Vital statistics of India. Vol. IV, Annual returns from 1871 to 1876. British Army of India, Native Army and jails of Bengal
Year: 1871
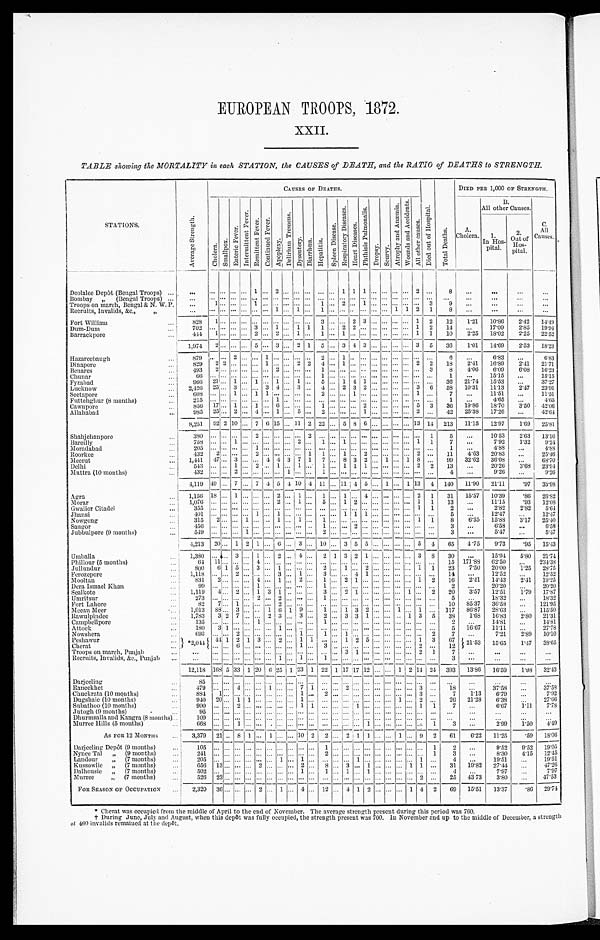
EUROPEAN TROOPS, 1872.
XXII.
TABLE showing the MORTALITY in each STATION, the CAUSES of DEATH, and the RATIO of DEATHS to STRENGTH.
STATIONS.
A v e r a g e S t r e n g t h .
CAUSES OF DEATHS.
D i e d o u t o f H o s p i t a l .
T o t a l D e a t h s .
DIED PER 1,000 OF STRENGTH.
C h o l e r a .
S ma l l p o x .
E n t e r i c F e v e r .
I n t e r m i t t e n t F e v e r .
R e m i t t t e n t F e v e r . C o n t i n u e d F e v e r .
A p o p l e x y .
D e l i r i u m T r e m e n s .
D y s e n t e r y . D i a r r h œ a . H e p a t i t i s .
S p l e e n Di s e a s e s .
R e s p i r a t o r y D i s e a s e s .
H e a r t D i s e a s e s .
P h t h i s i s P u l m o n a l i s .
Drophy.
S c u r v y .
A t r o p h y a n d A n œ m i a .
W o u n d s a n d A c c i d e n t s .
A l l o t h e r c a u s e s .
A.C h o l e r a .
B. Al l
other Causes.
C.
A l l C a u s e s .
1 .
I n H o s p i t a l .
2 .
O u t o f
H o s p i t a l .
Deolalee Depôt (Bengal Troops) ...
. . .
. . . . . . . . .
... 1 ... 2 ... ... ...
. . . ... 1
1 1 ... ... ... ... 2 ...
8
...
...
. . .
. . .
Bombay
, , ( B e n g a l T r o o p s )
. . .
...
. . . . . . . . . . . .
... ... ... ...
. . .
... ... ... ... . . . ...
. . . . . . . . . . . .
... ...
. . . . . .
...
...
...
Troops on march, Bengal & N. W. P.
. . .
1 ... ... ... 1 ...
. . .
... ... ...
1 ... 2
. . .
1 ... ... ... ... ... 3
9
. . .
...
...
...
Recruits, Invalids, &c., , ,
. . .
...
...
...
...
...
...
1
...
1
...
1 ...
...
. . .
...
... ... 1 1 2 1
8
...
...
...
. . .
Fort William
...
8 2 8
1
. . . . . . ... ... ... ... ... ... ... 3 ... ... 2 3 ... ... ... ... ... 1 2
12
1.21
10.86
2.42 14.49
Dum-Dum
. . .
7 0 2 . . .
... ... ... 3 ...
1 ... 1 1
1 ... 2
2 ... ... ... ... ... 1 2
1 4 ...
17.09
2.85 19.94
Barrackpore
...
4 4 4
1 ... ... ... 2 ... 2
... 1 ... 1 ... 1 ... . . .
...
. . .
...
... ...
1 1
10
2.25
18.02
2.25
22.52
1,974
2 ...
. . .
... 5 ... 3 ... 2 1
5 ...
3
4 3
...
. . .
... ... 3 5
36
1.01
14.69
2.53 18.23
Hazareebaugh ...
8 7 9 . . .
... 2 ... ... 1 ... ... ... ...
2 ... 1
. . .
... ... ... ... ... ... ...
6 ...
6.83 ...
6.83
Dinapore
829
2 2
... ... ... 1 ... ... 2 2 4 ... 1
. . . ... ... ... ... ... 2 2
18
2.41 16.89
2.41 21.71
Benares
. . .
4 9 3
2 ... ... ... ... ... 2 ... ... ...
1 ... ... . . .
... ... ... ... ... ... 3
8
4.06
6.09
6.08 16.23
Chunar . . .
6 6
. . .
... ... ... ... ... ... ... ... ...
1 ... ... . . .
... ... ... ... ... ... ...
1 ...
15.15
...
15.15
Fyzabad
. . .
966 21 ... 1 ... 1 ... 1 ... 1 ... 5 ... 1
4 1 ... ... ...
... ... ...
36
21.74
15.53
...
37.27
Lucknow
...
2,426 25 ... 3 ... ... 3 4 ... 3 ... 4 ... 2 3 2
... ... ... ... 3 6
58 10.31 11.13
2.47 23.9
Seetapore
. . .
6 0 8 . . .
... 1 ... 1 1 ... ... ... ...
2 ... ... 1 ... ... ... ... ... 1 ...
7 ...
11.51
...
11.51
Futtehghur (8 months)
. . .
2 1 5 1 7
... ... ... ... ... 1 ... ... ...
. . .
... ... . . .
... ... ... ... ... ... ...
1 ...
4.65
...
4.65
Cawnpore
. . .
856 17 ... 1 ... 1 ... 6 ... ... ... 1 ... ... ... 2
... ... ... ... 5 3
36
19.86
18.70
3.50 42.06
Allahabad
985 25. ... 2 ... 4 ... 1 ... 5 ... 2 ... ... ... 1
... ... ... ... 2 ...
42
25.38
17.26
...
42.64
8 , 2 5 1 92 2
1 0
... 7 6 15
...
11 2 22 ... 5
8 6
... ... ... ... 13 14 213
11.15
12.97
1.69
25.81
Shahjehanpore
3 8 0 . . .
... ... ... 2 ... ... ... ... 2
. . .
... ... . . .
... ... ... ... ... ... 1
5 ...
10.53
2.63 13.16
Bareilly
. . .
7 5 8 . . .
... 1 ... ... ... ... ... 2 ...
1 ... 1
. . .
... ... ... ... ... 1 1
7 ...
7.92
1.32
9.24
Moradabad
...
2 0 5 . . .
... ... ... 1 ... ... ... ... ...
. . .
.. ... . . .
... ... ... ... ... ... ...
1 ...
4.88 ...
4.88
Roorkee
. . .
4 3 2 2 ... ... ... 2 ... ... ... ... 1
1 ... 2
. . .... ... ... ... ... 2 ...
1 1 4.63 20.83...
25.46
Meerut
...
1,441
4 7
... 3 ... ... 4 4 3 7 1 7 ... 8 3 2 ... 1 ... 1 8 ...
99
32.62
36.08
...
68.70
Delhi
543
. . .
... 1 ... 2 ... 1 ... 1 ... 1 ... 1 1 1 ... ... ... ... 2 2
13
...
20.26
3.68
23.94
Muttra (10 months)
...
4 3 2
. . .
... 2 ... ... ... ... 1 ... ...
1 ... . . .
... ... ...
...
. . .
... ...
4
. . .
9.26
...
9.26
4, 119 4 9
... 7
... 7 4 5 4 10
4 11 ... 11 4 5 ... 1 ... 1 13
4 140
11.90
21.11
.97
33.98
Agra
...
1,156 18 ... 1 ... ... ... 2 ... 1 ...
1 ... 1 ... 4 ... ... ... ... 2 1
31
15.57 10.39
. 8 6 26.82
Morar
1 , 0 7 6 . . .
... ... ... ... ... 2 ... 1 ...
5 ... 1
2 ... ... ... ... ... 1 1
1 3 ...
11.15
.93
12.08
Gwalior Citadel
..
3 5 5 . . .
... ... ... ... ... ... ... ... ...
. . .
... ... . . .
... ... ... ... ... 1 1
2 ...
2.82
2.82
5.64
Jhansi
4 0 1 . . .
... ... ... 1 ... 1 ... ... ...
. . .
... 1
1 1 ... ... ... ... ... ...
5 ...
12.47
...
12.47
Nowgong
...
3 1 5 2 ... ... 1 ... ... 1 ... 1 ...
1 ... . . .
... ... ... ... ... 1 1
8
6.35
15.88
3.17
25.40
Saugor
...
4 5 6 . . .
... ... ... ... ... ... ... ... ...
1 ... ... 2 ... ... ... ... ... ... ...
3 ...
6.58
...
6.58
Jubbulpore (9 months)
5 4 9
. . .
... ... 1 ... ... ... ... ... ...
2 ... ... . . .
... ... ... ... ... ... ...
3 ...
5.47
...
5.47
4,213
20 ... 1 2 1 ... 6
. . . 3 ... 10 ... 3 5 5 ... ... ... ... 5 4
65
4.75
9.73
.95
15.43
Umballa
...
1,380
. . .
... 3 ... 1 ... 2 ... 4 ... 2 1 3 2
1 ... ... ... ... 3 8
30
...
15.94 5.80 21.74
Phillour (5 months)
. . .
6 4 1 1
... ... ... 4 ... ... ... ... ...
. . .
... ... . . .
. . .
... ... ... ... ...
. . .
1 5 171.88 62.50...
234.38
Jullundur
...
800
6 1 5 ... 3 ... 1 ... ... ... 2 ... 1 ... 2 ... ... ... ... 1 1
23
7.50
20.00
1.25
28.75
Ferozepore
1 , 1 1 8
. . .
... 2 ... ... ... 3 ... 1 ...
3 ... ... 4
1 ... ... ... ... ...
. . .
1 4
...
12.52 ...
12.52
Mooltan
...
831
2 ... ... ... 4 ... 1 ... 2 ...
1 ... 2
1 ... ... ... ... ... 1 2
16
2.41
14.43
2.41 19.25
Dera Ismael Khan
...
9 9
. . .
... ... ... 1 ... ... ... ... ...
1 ... ... . . .
... ... ... ... ... ...
. . .
2 ...
20.20
...
20.20
Sealkote
...
1,119
4 ... 2 ... 1 3 1 ... ... ... 3 ... 2 1 .
..
... ... ... 1 ... 2
20
3.57
12.51
1.79
17.87
Umritsur
2 7 3 . . .
... ... ... 2 ... 2 ... ... ...
1 ... ... . . .
... ... ... ... ... ...
. . .
5 ...
18.32
...
18.32
Fort Lahore
...
8 2 7 ... 1 ... ... ... 2 ... ... ...
. . .
... ... . . .
... ... ... ... ... ...
. . .
1 0
85.37
36.58...
121.95
Meean Meer
...
1,013 88 ... 3 ... ... 1 6 1 9 ... 1 ... 1 3 2 ... ... ... 1 ... 1 ... 117 86.87 28.63
...
115.50
Rawulpindee
...
1,783
3 2 7 ... ... 2 3 ... 3 ... 2 ... 3 3
1 ... ... ... 1 3 5
38
1.68
16.83
2.80 21.31
Campbellpore
. . .
1 3 5 . . .
... ... ... 1 ... ... ... ... ...
1 ... ... . . .
. . .
... ... ... ... ...
. . .
2 ...
14.81
...
14.81
Attock
1 8 0 3 1 ... ... ... ... 1 ... ... ...
. . .
... ... . . .
. . .
... ... ... ... ...
. . . 5
16.67
11.11
...
27.78
Nowshera
...
6 9 3 . . .
... 2 ... ... ... ... ... 1 ...
1 ... 1
. . .
. . .
... ... ... ... ...
2
7 ...
7.21
2.89 10.10
Peshawur
* 2 , 0 4 4 4 4
1 2 1 3 ... 2 ... 1 1
. . .
... 1
2
5 ... ... ... ... 1
3
67
Cherat
. . .
... ... 6 ... ... ... ... ... 1 ...
3 ... ... . . .
. . .
... ... ... ... 2
. . .
1 2 21.53
15.65
1.47
38.65
Troops on march, Punjab
...
...
... ... ... ... ... ... ... ... ... ... ... ... 3
1
. . .
... ... ...
2
1
7 ...
...
...
...
Recruits, Invalids, &c., Punj ab ...
. . . . . . ... ... ... ... 1 ... 1 ... 1
. . .
... ... . . .
. . .
... ... ... ... ...
. . .
3
...
...
...
...
1 2 , 1 1 8
1 6 8 5 33 1 20 6 25 1 23 1 22 1 17 17 12 ... ... 1 2 14 24 393
13.86
16.59
1.98
32.43
Da rj ee li n g..
8 5 . . .
... ... ... ... ... ... ... ... ...
. . .
... ... . . .
... ... ... ... ... ... ...
. . .
. . .
. . .
. . .
. . .
Raneekhet
4 7 9 . . .
... 4 ... ... 1 ... ... 7 1
. . .
... 2
. . .
... ... ... ... ... 3 ...
1 8
...
37.58
...
37.58
Chuckrata (10 months)
8 8 4
1 ... ... ... ... ... ... ... 1 ...
2 ... ... . . .
... ... ... ... ... 3 ...
7 1.13
6.79
...
7.92
Dugshaie (10 months)
...
9 4 0
2 0 ... 1 1 ... ... ... ... 1
. . .
... ... . . .
... ... ... 1 ... 2 ...
2 6
21.28 6.38 ...
27.66
Subathoo (10 months)
...
9 0 0
. . .
... 2 ... ... ... ... ... 1 1
. . .
... ... 1 ... ... ... ... ... 1 1
7 ...
6.67
1.11
7.78
Jutogh (9 months)
9 5
. . .
... ... ... ... ... ... ... ... ...
. . .
... ... . . .
... ... ... ... ... ... ...
. . . ...
...
...
...
Dhurmsalla and Kangra (8 months)...
1 0 9
. . .
... ... ... ... ... ... ... ... ...
. . .
... ... . . .
... ... ... ... ... ... ...
. . . ...
...
...
...
Murree Hills (5 months)
...
6 6 8
. . .
1 ... ... ... ... ... ... ... ...
. . .
... ... . . .
1 ... ... ... ... ... 1
3
...
2.99
1.50
4.49
As FOR 12 MONTHS
3,379 21 ... 8 1 ... 1 ... . . .
10 2 2 ... 2 1 1 ... ... 1 ... 9 2
61
6.22 11.25
.59
18.06
Darjeeling Depôt (9 months)
...
1 0 5
. . .
... ... ... ... ... ... ... ... ...
1 ...
. . . . . .
. . .
... ... ... ... ...
1
2 ...
9.52
9 . 5 2 19.05
Nynee Tal
,,
(9 months)
...
2 4 1
. . .
... ... ... ... ... ... ... ... ...
2
. . . . . .
. . .
... ... ... ... ...
1
3 ...
8.30
4.15
12.45
Landour
,,
(7 months)
2 0 5 ... ... ... ... ... ... 1 ... 1 ... ... ... ... 1 ... ... .. ... ... 1 ...
4 ...
19.51
...
19.51
Kussowlie ,,(7 months)
...
656 13 ... ... ... 2 ... ... ... 2 ... 8 ... 3 ... 1 ... ... ... 1 1 ...
31
19.82 27.44 ...
47.26
Dalhousie
,,(7 months)
...
5 0 2 . . .
... ... ... ... ... ... ... 1 ...
1 ...
1 . . .
1 ... ... ... ... ... ...
4 ...
7.97
...
7.97
Murree
,,
(7 months)
...
5 2 6 2 3
... ... ... ... ... ... ... ... ...
. . .
...
. . . . . .
. . .
... ... ... ... 2 ...
2 5 43.733.80 ...
47.53
F0R SEASON OF OCCUPATION
...
2,320
36 ... ... ... 2 ... 1 ... 4 ... 12 ... 4 1 2 ... ... ... 1 4 2
69
15.51
13.37
.86 29.74
Cherat was occupied from the middle of April to the end of November. The average strength present during this period was 760.
†During June, July and August, when this depôt was fully occupied, the strength present was 700. In November and up to the middle of December, a strength
of 460 invalids remained at the depôt.